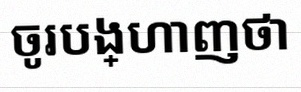
ចូរបង្ហាញថា